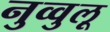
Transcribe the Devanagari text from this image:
नुव्वुलू